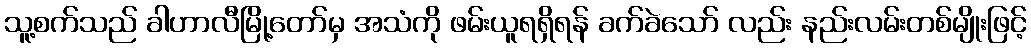
သူ့စက်သည် ခါဟာလီမြို့တော်မှ အသံကို ဖမ်းယူရရှိရန် ခက်ခဲသော် လည်း နည်းလမ်းတစ်မျိုးဖြင့်